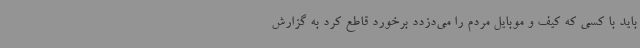
باید با کسی که کیف و موبایل مردم را می‌دزدد برخورد قاطع کرد به گزارش